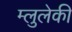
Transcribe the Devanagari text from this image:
म्लुलेकी